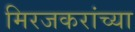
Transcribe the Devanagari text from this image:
मिरजकरांच्या